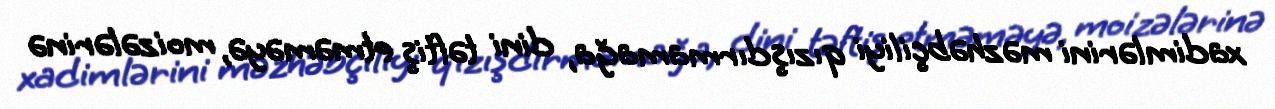
xadimlərini məzhəbçiliyi qızışdırmamağa, dini təftiş etməməyə, moizələrinə